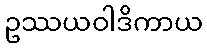
ဥဿယဝါဒိကာယ